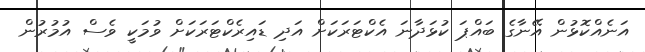
އަނެއްކޮޅުން އޭނާގެ ބައްޕަ ކުޅަދާނަ އެކްޓަރަކަށް އަދި ޑައިރެކްޓަރަކަށް ވުމަކީ ވެސް އުމުރުން